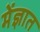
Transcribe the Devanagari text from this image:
मेंज्ञात